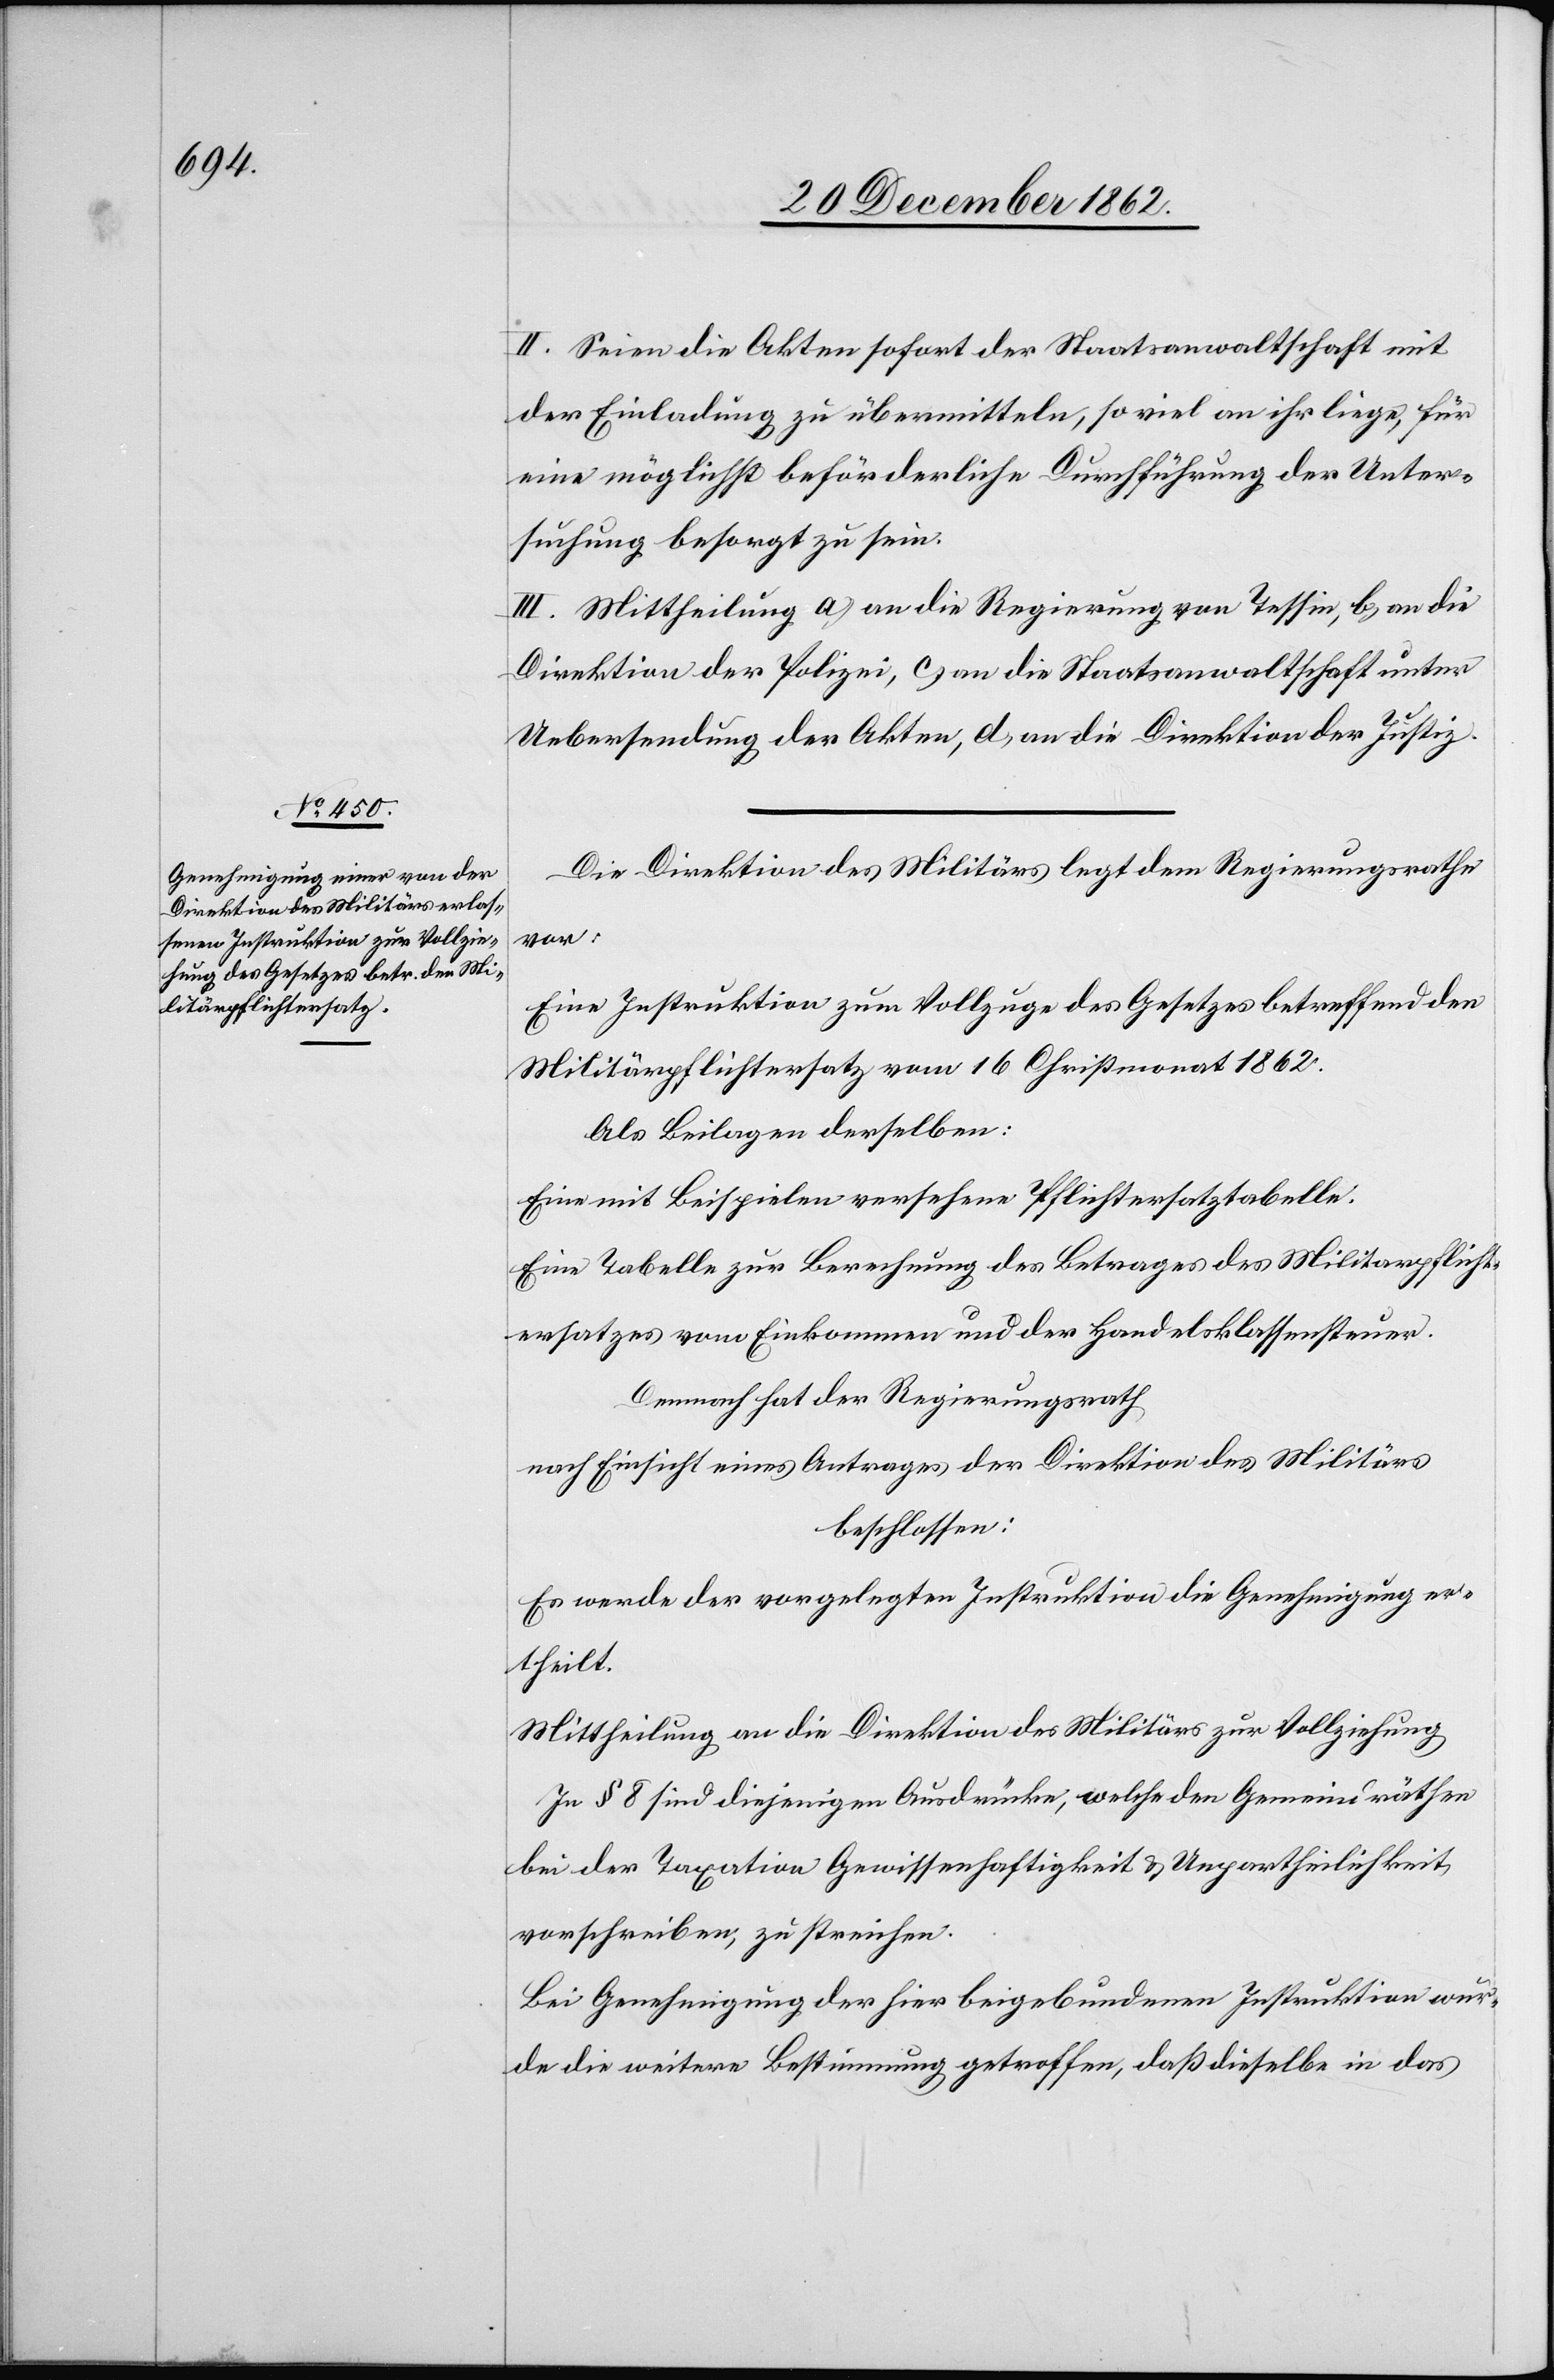
II. Seien die Akten sofort der Staatsanwaltschaft mit
der Einladung zu übermitteln, so viel an ihr liege, für
eine möglichst beförderliche Durchführung der Unter¬
suchung besorgt zu sein.
III. Mittheilung a) an die Regierung von Tessin, b) an die
Direktion der Polizei, c) an die Staatsanwaltschaft unter
Uebersendung der Akten, d) an die Direktion der Justiz.
Die Direktion des Militärs legt dem Regierungsrathe
vor:
Eine Instruktion zum Vollzuge des Gesetzes betreffend den
Militärpflichtersatz vom 16. Christmonat 1862.
Als Beilagen derselben:
Eine mit Beispielen versehene Pflichtersatztabelle.
Eine Tabelle zur Berechnung des Betrages des Militarpflicht¬
ersatzes vom Einkommen und der Handelsklassensteuer.
Demnach hat der Regierungsrath
nach Einsicht eines Antrages der Direktion des Militärs
beschlossen:
Es werde der vorgelegten Instruktion die Genehmigung er¬
theilt.
Mittheilung an die Direktion des Militärs zur Vollziehung.
In § 8 sind diejenigen Ausdrücke, welche den Gemeindräthen
bei der Taxation Gewissenhaftigkeit u. Unpartheilichkeit
vorschreiben, zu streichen.
Bei Genehmigung der hier beigebundenen Instruktion wur¬
de die weitere Bestimmung getroffen, daß dieselbe in das